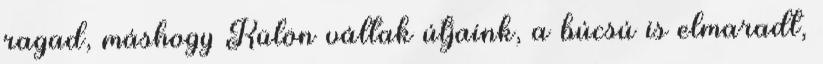
ragad, máshogy Külön váltak útjaink, a búcsú is elmaradt,